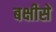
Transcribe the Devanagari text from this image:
बक्षीसे